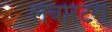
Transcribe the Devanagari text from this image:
लेबोरटरी